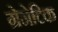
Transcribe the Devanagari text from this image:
ग्रेनेटिक